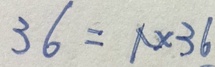
3 6 = 1 \times 3 6